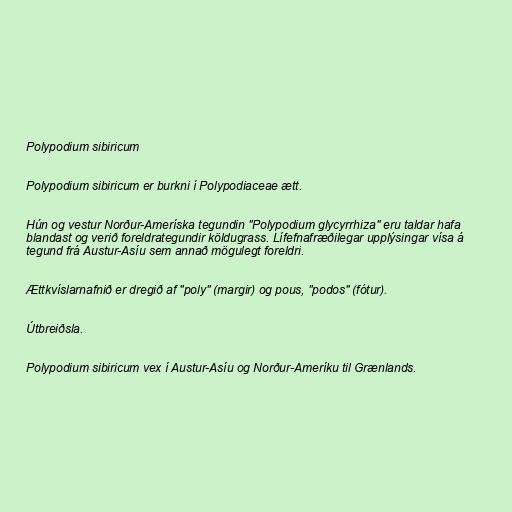
Polypodium sibiricum

Polypodium sibiricum er burkni í Polypodiaceae ætt.

Hún og vestur Norður-Ameríska tegundin "Polypodium glycyrrhiza" eru taldar hafa
blandast og verið foreldrategundir köldugrass. Lífefnafræðilegar upplýsingar vísa á
tegund frá Austur-Asíu sem annað mögulegt foreldri.

Ættkvíslarnafnið er dregið af "poly" (margir) og pous, "podos" (fótur).

Útbreiðsla.

Polypodium sibiricum vex í Austur-Asíu og Norður-Ameríku til Grænlands.